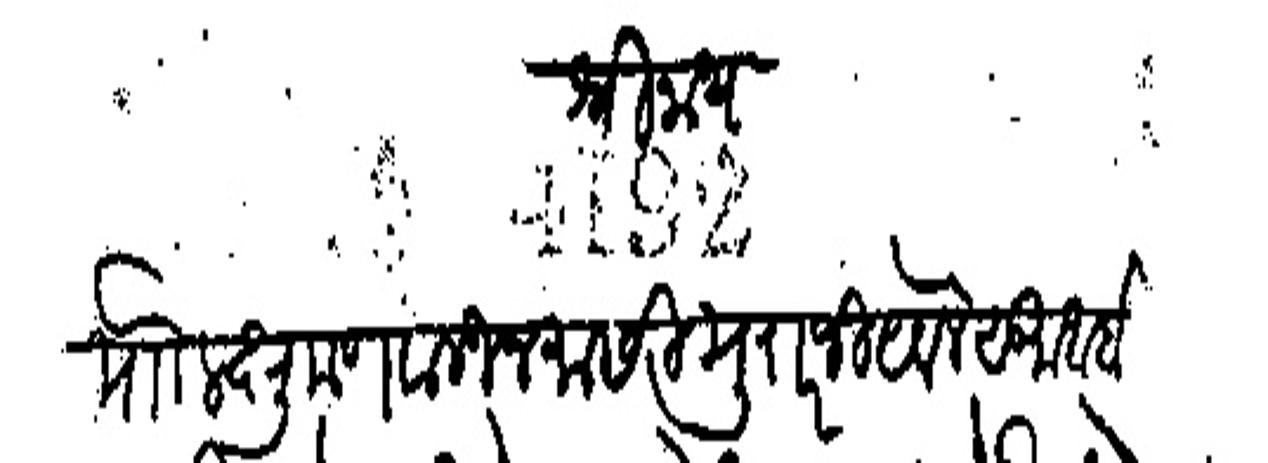
Transliteration (Devanagari): श्रीनाथ मौं लक्षुमण वाळीज यासी मुरारजी येवले सु अर्बा